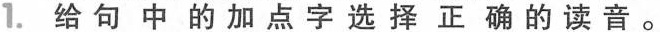
1.给句中的加点字选择正确的读音。